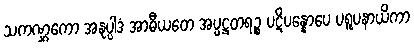
သကဏ္ဋကော အနုပ္ပါဒံ အာဓီယတေ အပ္ပဋ္ဌတရဉ္စ ပဋိပန္နောပေ ပရူပနာယိကာ